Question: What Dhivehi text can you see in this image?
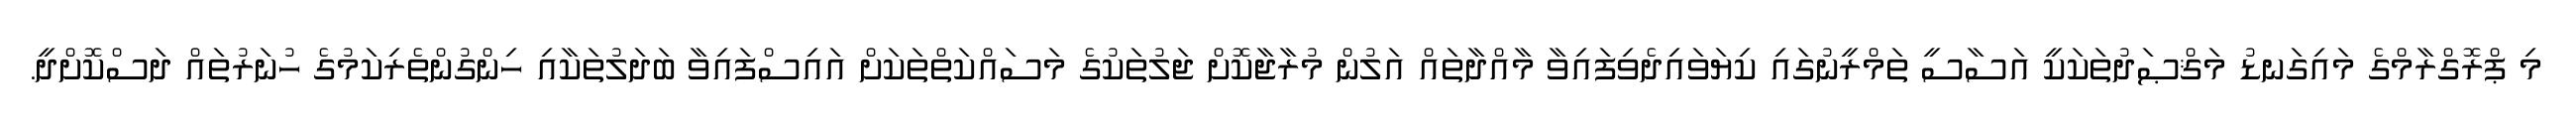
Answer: މި ޕްރޮގްރާމްގެ މައިގަނޑު މަޤްޞަދުތަކަކީ އަސާސީ ތަމްރީނުގައި ކިޔަވައިދެވިފައިވާ މާއްދާތައް އަލުން މުރާޖާކޮށް ޖަލުތަކުގެ މަސައްކަތްތަކަށް އައިސްފައިވާ ބަދަލުތަކާއި ހިންގުންތެރިކަމުގެ ހުނަރުތައް ދަސްކޮށްދީ.